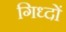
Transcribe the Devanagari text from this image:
गिध्दों